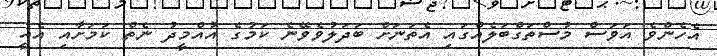
އެހެންވެ އަވަސް މުސްތަގްބަލެއްގައި އެތަނަށް ބަދަލުވެވޭނެ ކަމުގެ އުއްމީދު ނެތް ކަމަށާއި އެއީ